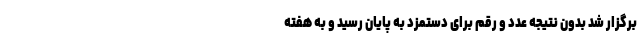
برگزار شد بدون نتیجه عدد و رقم برای دستمزد به پایان رسید و به هفته